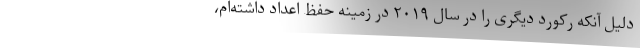
دلیل آنکه رکورد دیگری را در سال ۲۰۱۹ در زمینه حفظ اعداد داشته‌ام،